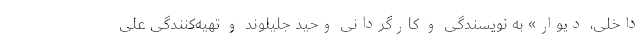
داخلی، دیوار» به نویسندگی و کارگردانی وحید جلیلوند و تهیه‌کنندگی علی